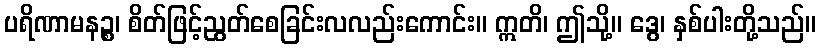
ပရိဏာမနဉ္စ၊ စိတ်ဖြင့်ညွတ်စေခြင်းလလည်းကောင်း။ ဣတိ၊ ဤသို့။ ဒွေ၊ နှစ်ပါးတို့သည်။